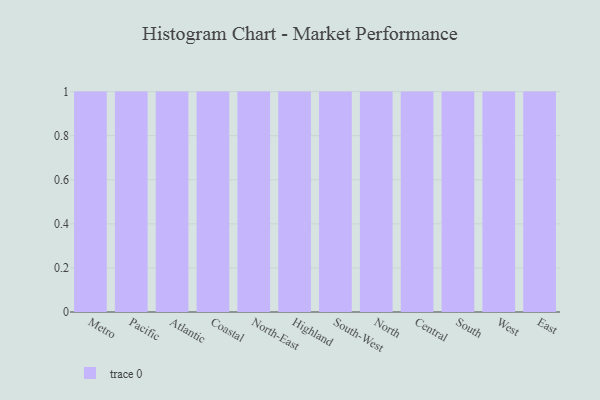
{"axis": {"x": "Region", "y": "Customer Acquisition Cost (USD)"}, "legend": [""], "data": [{"x": "Metro", "y": 19, "type": ""}, {"x": "Pacific", "y": 14, "type": ""}, {"x": "Atlantic", "y": 33, "type": ""}, {"x": "Coastal", "y": 41, "type": ""}, {"x": "North-East", "y": 11, "type": ""}, {"x": "Highland", "y": 42, "type": ""}, {"x": "South-West", "y": 31, "type": ""}, {"x": "North", "y": 20, "type": ""}, {"x": "Central", "y": 29, "type": ""}, {"x": "South", "y": 11, "type": ""}, {"x": "West", "y": 46, "type": ""}, {"x": "East", "y": 73, "type": ""}]}